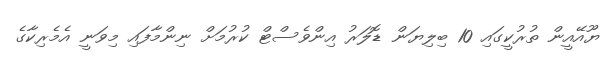
ޔޫއޭއީން ތުރުކީގައި 10 ބިލިޔަން ޑޮލަރު އިންވެސްޓް ކުރުމަށް ނިންމާފައި މިވަނީ އެމެރިކާގެ